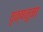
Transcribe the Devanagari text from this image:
वृक्षनुमा